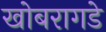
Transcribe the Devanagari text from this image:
खोबरागडे